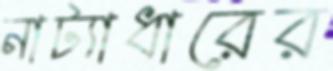
নাট্যাধারের